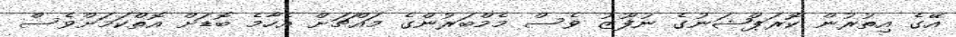
އޭގެ އިތުރުން ކޮރަޕްޝަނުގެ ނުފޫޒު ވެސް މެމްބަރުންގެ މައްޗަށް އެހާމެ ބޮޑަށް އޮތްކަމަށްވެސް